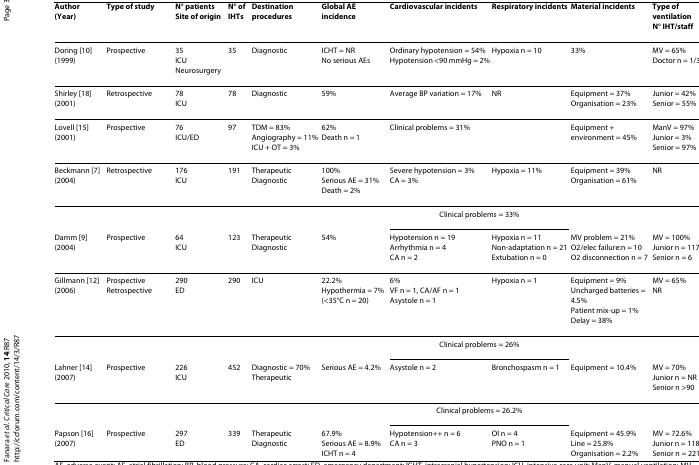
<table><thead><tr><td><b>Author(Year)</b></td><td><b>Type of study</b></td><td><b>N° patientsSite of origin</b></td><td><b>N° of IHTs</b></td><td><b>Destination procedures</b></td><td><b>Global AE incidence</b></td><td><b>Cardiovascular incidents</b></td><td><b>Respiratory incidents</b></td><td><b>Material incidents</b></td><td><b>Type of ventilationN° IHT/staff</b></td></tr></thead><tbody><tr><td>Doring [10](1999)</td><td>Prospective</td><td>35ICUNeurosurgery</td><td>35</td><td>Diagnostic</td><td>ICHT = NRNo serious AEs</td><td>Ordinary hypotension = 54%Hypotension &lt;90 mmHg = 2%</td><td>Hypoxia n = 10</td><td>33%</td><td>MV = 65%Doctor n = 1/35</td></tr><tr><td>Shirley [18](2001)</td><td>Retrospective</td><td>78ICU</td><td>78</td><td>Diagnostic</td><td>59%</td><td>Average BP variation = 17%</td><td>NR</td><td>Equipment = 37%Organisation = 23%</td><td>Junior = 42%Senior = 55%</td></tr><tr><td>Lovell [15](2001)</td><td>Prospective</td><td>76ICU/ED</td><td>97</td><td>TDM = 83%Angiography = 11%ICU + OT = 3%</td><td>62%Death n = 1</td><td>Clinical problems = 31%</td><td></td><td>Equipment + environment = 45%</td><td>ManV = 97%Junior = 3%Senior = 97%</td></tr><tr><td>Beckmann [7](2004)</td><td>Retrospective</td><td>176ICU</td><td>191</td><td>TherapeuticDiagnostic</td><td>100%Serious AE = 31%Death = 2%</td><td>Severe hypotension = 3%CA = 3%</td><td>Hypoxia = 11%</td><td>Equipment = 39%Organisation = 61%</td><td>NR</td></tr><tr><td></td><td></td><td></td><td></td><td></td><td></td><td colspan="2">Clinical problems = 33%</td><td></td><td></td></tr><tr><td>Damm [9](2004)</td><td>Prospective</td><td>64ICU</td><td>123</td><td>TherapeuticDiagnostic</td><td>54%</td><td>Hypotension n = 19Arrhythmia n = 4CA n = 2</td><td>Hypoxia n = 11Non-adaptation n = 21Extubation n = 0</td><td>MV problem = 21%O2/elec failure:n = 10O2 disconnection n = 7</td><td>MV = 100%Junior n = 117Senior n = 6</td></tr><tr><td>Gillmann [12](2006)</td><td>ProspectiveRetrospective</td><td>290ED</td><td>290</td><td>ICU</td><td>22.2%Hypothermia = 7%(&lt;35°C n = 20)</td><td>6%VF n = 1, CA/AF n = 1Asystole n = 1</td><td>Hypoxia n = 1</td><td>Equipment = 9%Uncharged batteries = 4.5%Patient mix-up = 1%Delay = 38%</td><td>MV = 65%NR</td></tr><tr><td></td><td></td><td></td><td></td><td></td><td></td><td colspan="2">Clinical problems = 26%</td><td></td><td></td></tr><tr><td>Lahner [14](2007)</td><td>Prospective</td><td>226ICU</td><td>452</td><td>Diagnostic = 70%Therapeutic</td><td>Serious AE = 4.2%</td><td>Asystole n = 2</td><td>Bronchospasm n = 1</td><td>Equipment = 10.4%</td><td>MV = 70%Junior n = NRSenior n &gt;90</td></tr><tr><td></td><td></td><td></td><td></td><td></td><td></td><td colspan="2">Clinical problems = 26.2%</td><td></td><td></td></tr><tr><td>Papson [16](2007)</td><td>Prospective</td><td>297ED</td><td>339</td><td>TherapeuticDiagnostic</td><td>67.9%Serious AE = 8.9%ICHT n = 4</td><td>Hypotension++ n = 6CA n = 3</td><td>OI n = 4PNO n = 1</td><td>Equipment = 45.9%Line = 25.8%Organisation = 2.2%</td><td>MV = 72.6%Junior n = 118Senior n = 221</td></tr></tbody></table>